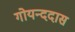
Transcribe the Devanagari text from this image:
गोयन्ददास